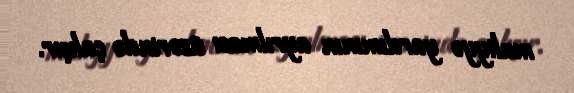
maliyyə yardımının ayrılması üzərində çalışır.